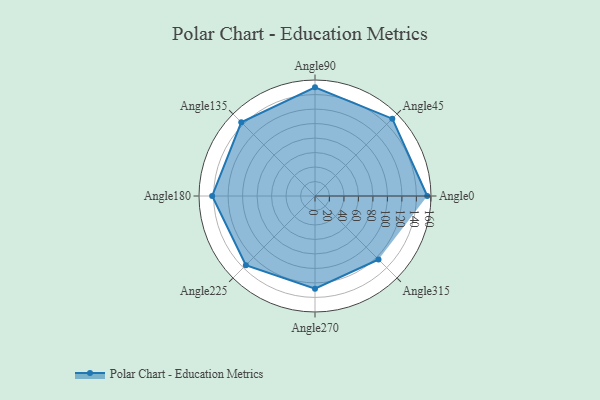
{"axis": {"x": "Angle", "y": "Radius"}, "legend": [""], "data": [{"x": "Angle0", "y": 155.0, "type": ""}, {"x": "Angle45", "y": 151.0, "type": ""}, {"x": "Angle90", "y": 150.0, "type": ""}, {"x": "Angle135", "y": 144.0, "type": ""}, {"x": "Angle180", "y": 142.0, "type": ""}, {"x": "Angle225", "y": 135.0, "type": ""}, {"x": "Angle270", "y": 128.0, "type": ""}, {"x": "Angle315", "y": 124.0, "type": ""}]}